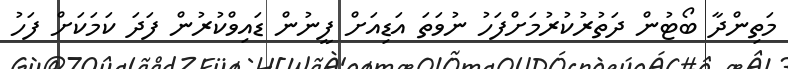
މަތިންދާ ބޯޓުން ދަތުރުކުރުމަށްފަހު ނުވަތަ އަޑިއަށް ފީނުން ޑައިވްކުރުން ފަދަ ކަމަކަށް ފަހު